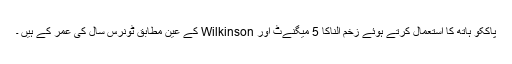
پاککو ہاتھ کا استعمال کرتے ہوئے زخم الناکا 5 میگنےٹ اور Wilkinson کے عین مطابق ٹونرس سال کی عمر کے ہیں ۔